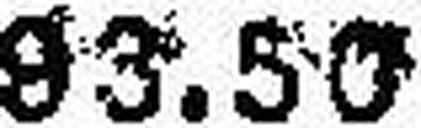
93.50